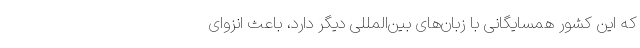
که این کشور همسایگانی با زبان‌های بین‌المللی دیگر دارد، باعث انزوای